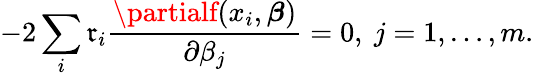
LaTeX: -2\sum_{i}\mathfrak{r}_{i}{\frac{{\partialf(x_{i},{\boldsymbol{\beta}})}}{{\partial\beta_{j}}}}=0,\ j=1,\ldots,m.